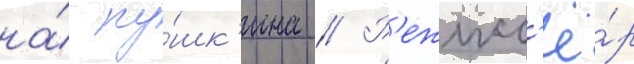
на́ пу́шк'ина // Р'ежисс'ё́р